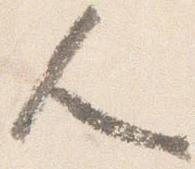
人